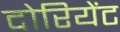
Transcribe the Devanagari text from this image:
दोरियेंट